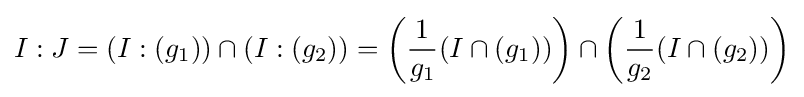
I:J=(I:(g_{1}))\cap (I:(g_{2}))=\left({\frac {1}{g_{1}}}(I\cap (g_{1}))\right)\cap \left({\frac {1}{g_{2}}}(I\cap (g_{2}))\right)